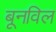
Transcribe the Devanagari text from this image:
बूनविल